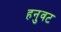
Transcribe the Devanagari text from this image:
हनुवट